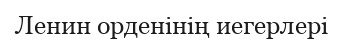
Ленин орденінің иегерлері